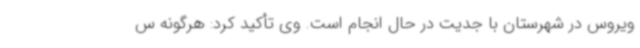
ویروس در شهرستان با جدیت در حال انجام است. وی تأکید کرد: هرگونه س